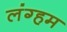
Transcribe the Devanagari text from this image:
लंग्हम